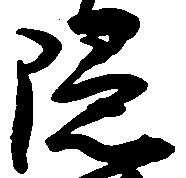
隠